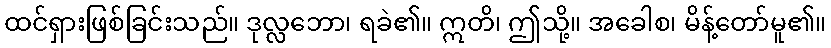
ထင်ရှားဖြစ်ခြင်းသည်။ ဒုလ္လဘော၊ ရခဲ၏။ ဣတိ၊ ဤသို့။ အခေါစ၊ မိန့်တော်မူ၏။